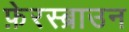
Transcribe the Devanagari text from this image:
फ़ेरस्ब्राउन